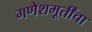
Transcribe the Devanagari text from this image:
गणेशमूर्तींचा